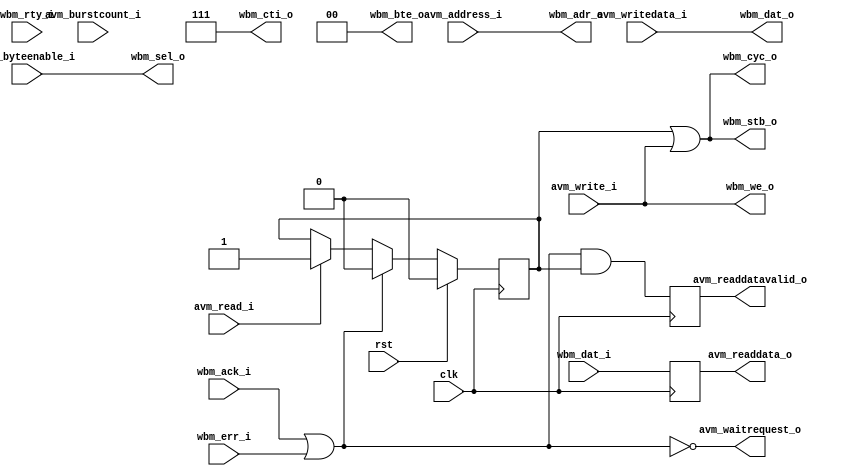
module avalon_to_wb_bridge #(
	parameter DW = 32,	
	parameter AW = 32	
)(
	input 		  clk,
	input 		  rst,
	input [AW-1:0] 	  avm_address_i,
	input [DW/8-1:0]  avm_byteenable_i,
	input 		  avm_read_i,
	output [DW-1:0]   avm_readdata_o,
	input [7:0] 	  avm_burstcount_i,
	input 		  avm_write_i,
	input [DW-1:0] 	  avm_writedata_i,
	output 		  avm_waitrequest_o,
	output 		  avm_readdatavalid_o,
	output [AW-1:0]   wbm_adr_o,
	output [DW-1:0]   wbm_dat_o,
	output [DW/8-1:0] wbm_sel_o,
	output 		  wbm_we_o,
	output 		  wbm_cyc_o,
	output 		  wbm_stb_o,
	output [2:0] 	  wbm_cti_o,
	output [1:0] 	  wbm_bte_o,
	input [DW-1:0] 	  wbm_dat_i,
	input 		  wbm_ack_i,
	input 		  wbm_err_i,
	input 		  wbm_rty_i
);
reg read_access;
always @(posedge clk)
	if (rst)
		read_access <= 0;
	else if (wbm_ack_i | wbm_err_i)
		read_access <= 0;
	else if (avm_read_i)
		read_access <= 1;
reg readdatavalid;
reg [DW-1:0] readdata;
always @(posedge clk) begin
	readdatavalid <= (wbm_ack_i | wbm_err_i) & read_access;
	readdata <= wbm_dat_i;
end
assign wbm_adr_o = avm_address_i;
assign wbm_dat_o = avm_writedata_i;
assign wbm_sel_o =  avm_byteenable_i;
assign wbm_we_o = avm_write_i;
assign wbm_cyc_o = read_access | avm_write_i;
assign wbm_stb_o = read_access | avm_write_i;
assign wbm_cti_o = 3'b111; 
assign wbm_bte_o = 2'b00;
assign avm_waitrequest_o = !(wbm_ack_i | wbm_err_i);
assign avm_readdatavalid_o = readdatavalid;
assign avm_readdata_o = readdata;
endmodule